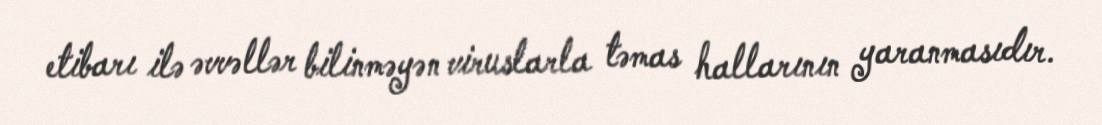
etibarı ilə əvvəllər bilinməyən viruslarla təmas hallarının yaranmasıdır.